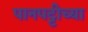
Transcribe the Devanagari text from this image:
पानपट्टीच्या